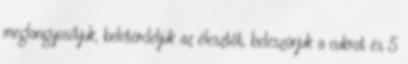
meglangyosítjuk, beletördeljük az élesztőt, beleszórjuk a cukrot és 5